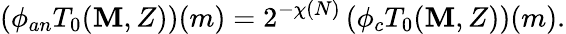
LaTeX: \left(\phi_{an}T_{0}(\mathbf{M},Z)\right)(m)=2^{-\chi(N)}\left(\phi_{c}T_{0}(\mathbf{M},Z)\right)(m).